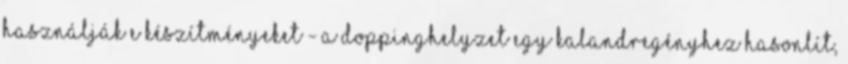
használják e készítményeket - a doppinghelyzet egy kalandregényhez hasonlít,